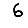
Digit: 6